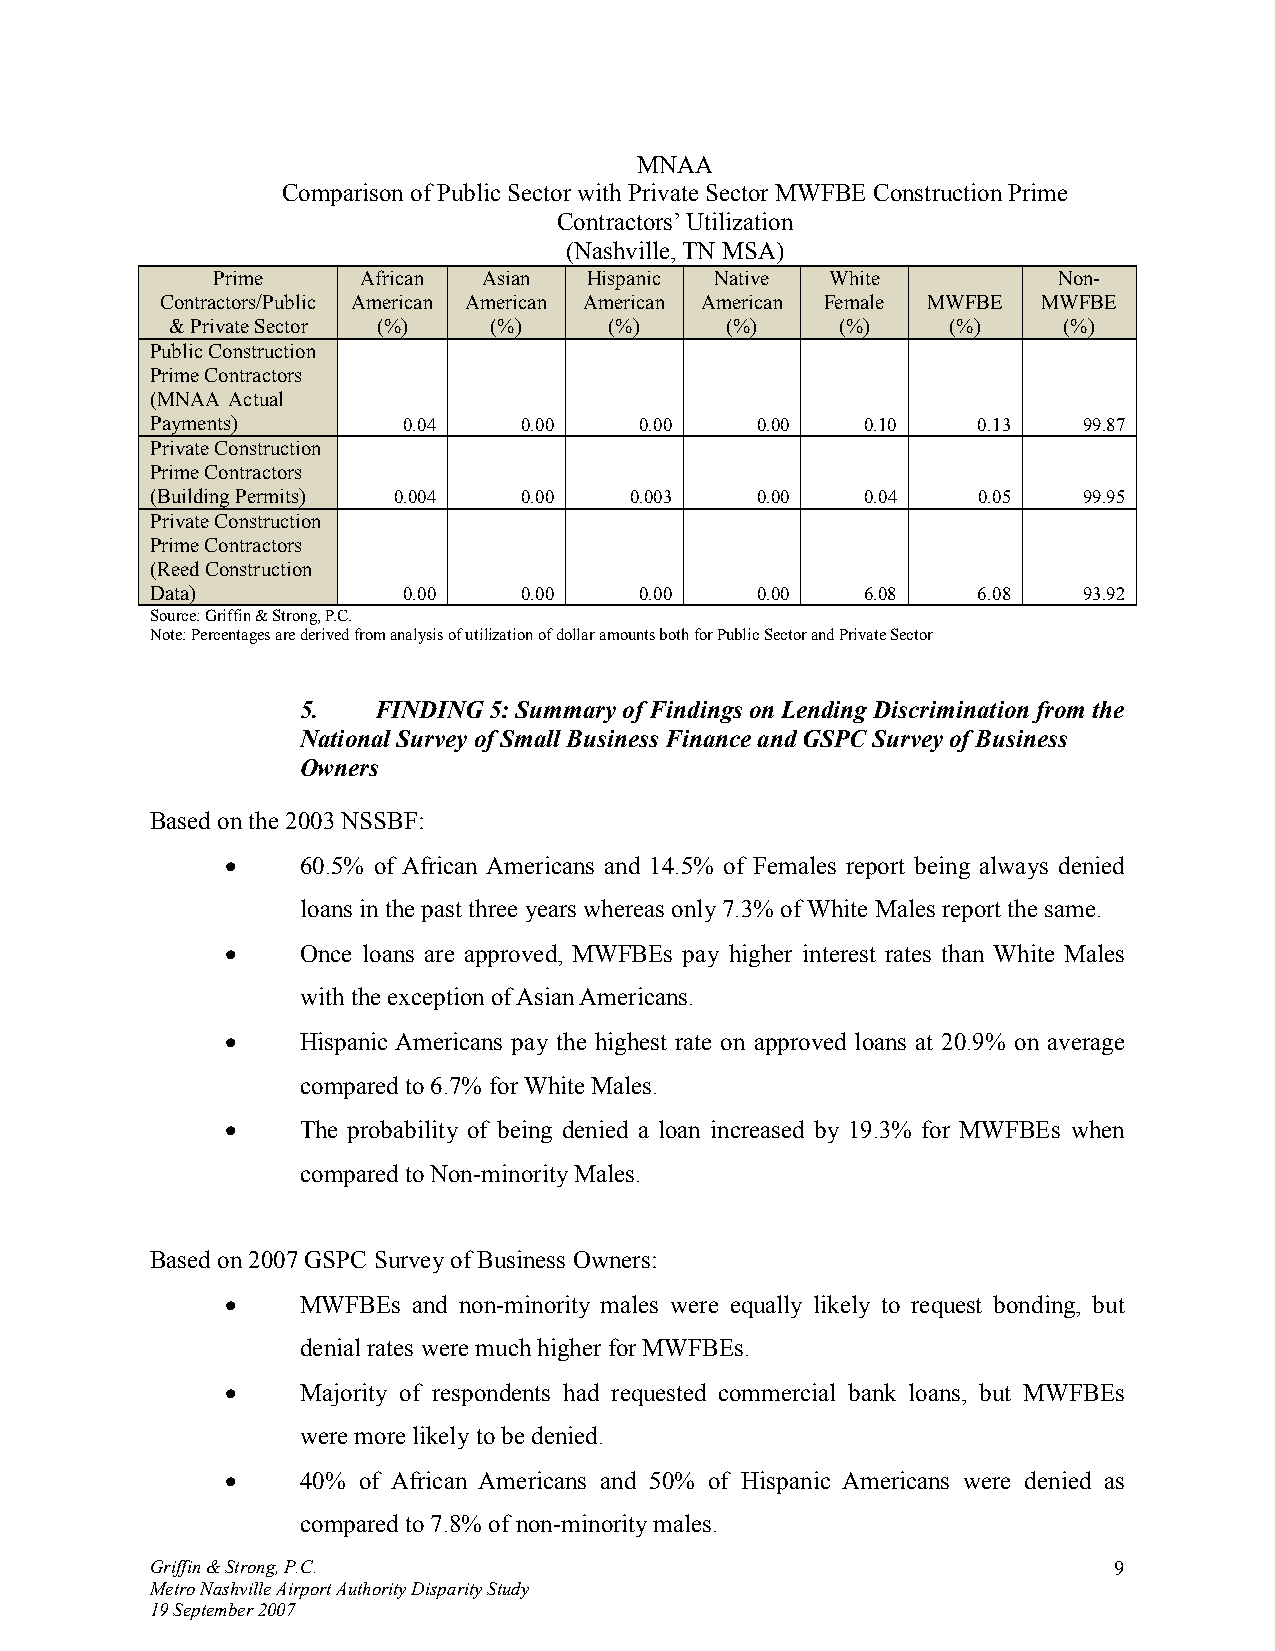
MNAA
 Comparison of Public Sector with Private Sector MWFBE Construction Prime
 Contractors’ Utilization
 (Nashville, TN MSA)
 Prime     African Asian  Hispanic Native White          Non-
 Contractors/Public American American American American Female MWFBE MWFBE
 & Private Sector (%) (%)     (%)     (%)     (%)    (%)    (%)
 Public Construction
 Prime Contractors
 (MNAA Actual
 Payments)        0.04    0.00   0.00    0.00   0.10    0.13   99.87
 Private Construction
 Prime Contractors
 (Building Permits) 0.004 0.00   0.003   0.00   0.04    0.05   99.95
 Private Construction
 Prime Contractors
 (Reed Construction
 Data)            0.00    0.00   0.00    0.00   6.08    6.08   93.92
 Source: Griffin & Strong, P.C.
 Note: Percentages are derived from analysis of utilization of dollar amounts both for Public Sector and Private Sector
 5.   FINDING 5: Summary of Findings on Lending Discrimination from the
 National Survey of Small Business Finance and GSPC Survey of Business
 Owners
 Based on the 2003 NSSBF:
 •    60.5% of African Americans and 14.5% of Females report being always denied
 loans in the past three years whereas only 7.3% of White Males report the same.
 •    Once loans are approved, MWFBEs pay higher interest rates than White Males
 with the exception of Asian Americans.
 •    Hispanic Americans pay the highest rate on approved loans at 20.9% on average
 compared to 6.7% for White Males.
 •    The probability of being denied a loan increased by 19.3% for MWFBEs when
 compared to Non-minority Males.
 Based on 2007 GSPC Survey of Business Owners:
 •    MWFBEs and non-minority males were equally likely to request bonding, but
 denial rates were much higher for MWFBEs.
 •    Majority of respondents had requested commercial bank loans, but MWFBEs
 were more likely to be denied.
 •    40% of African Americans and 50% of Hispanic Americans were denied as
 compared to 7.8% of non-minority males.
 Griffin & Strong, P.C.                                          9
 Metro Nashville Airport Authority Disparity Study
 19 September 2007